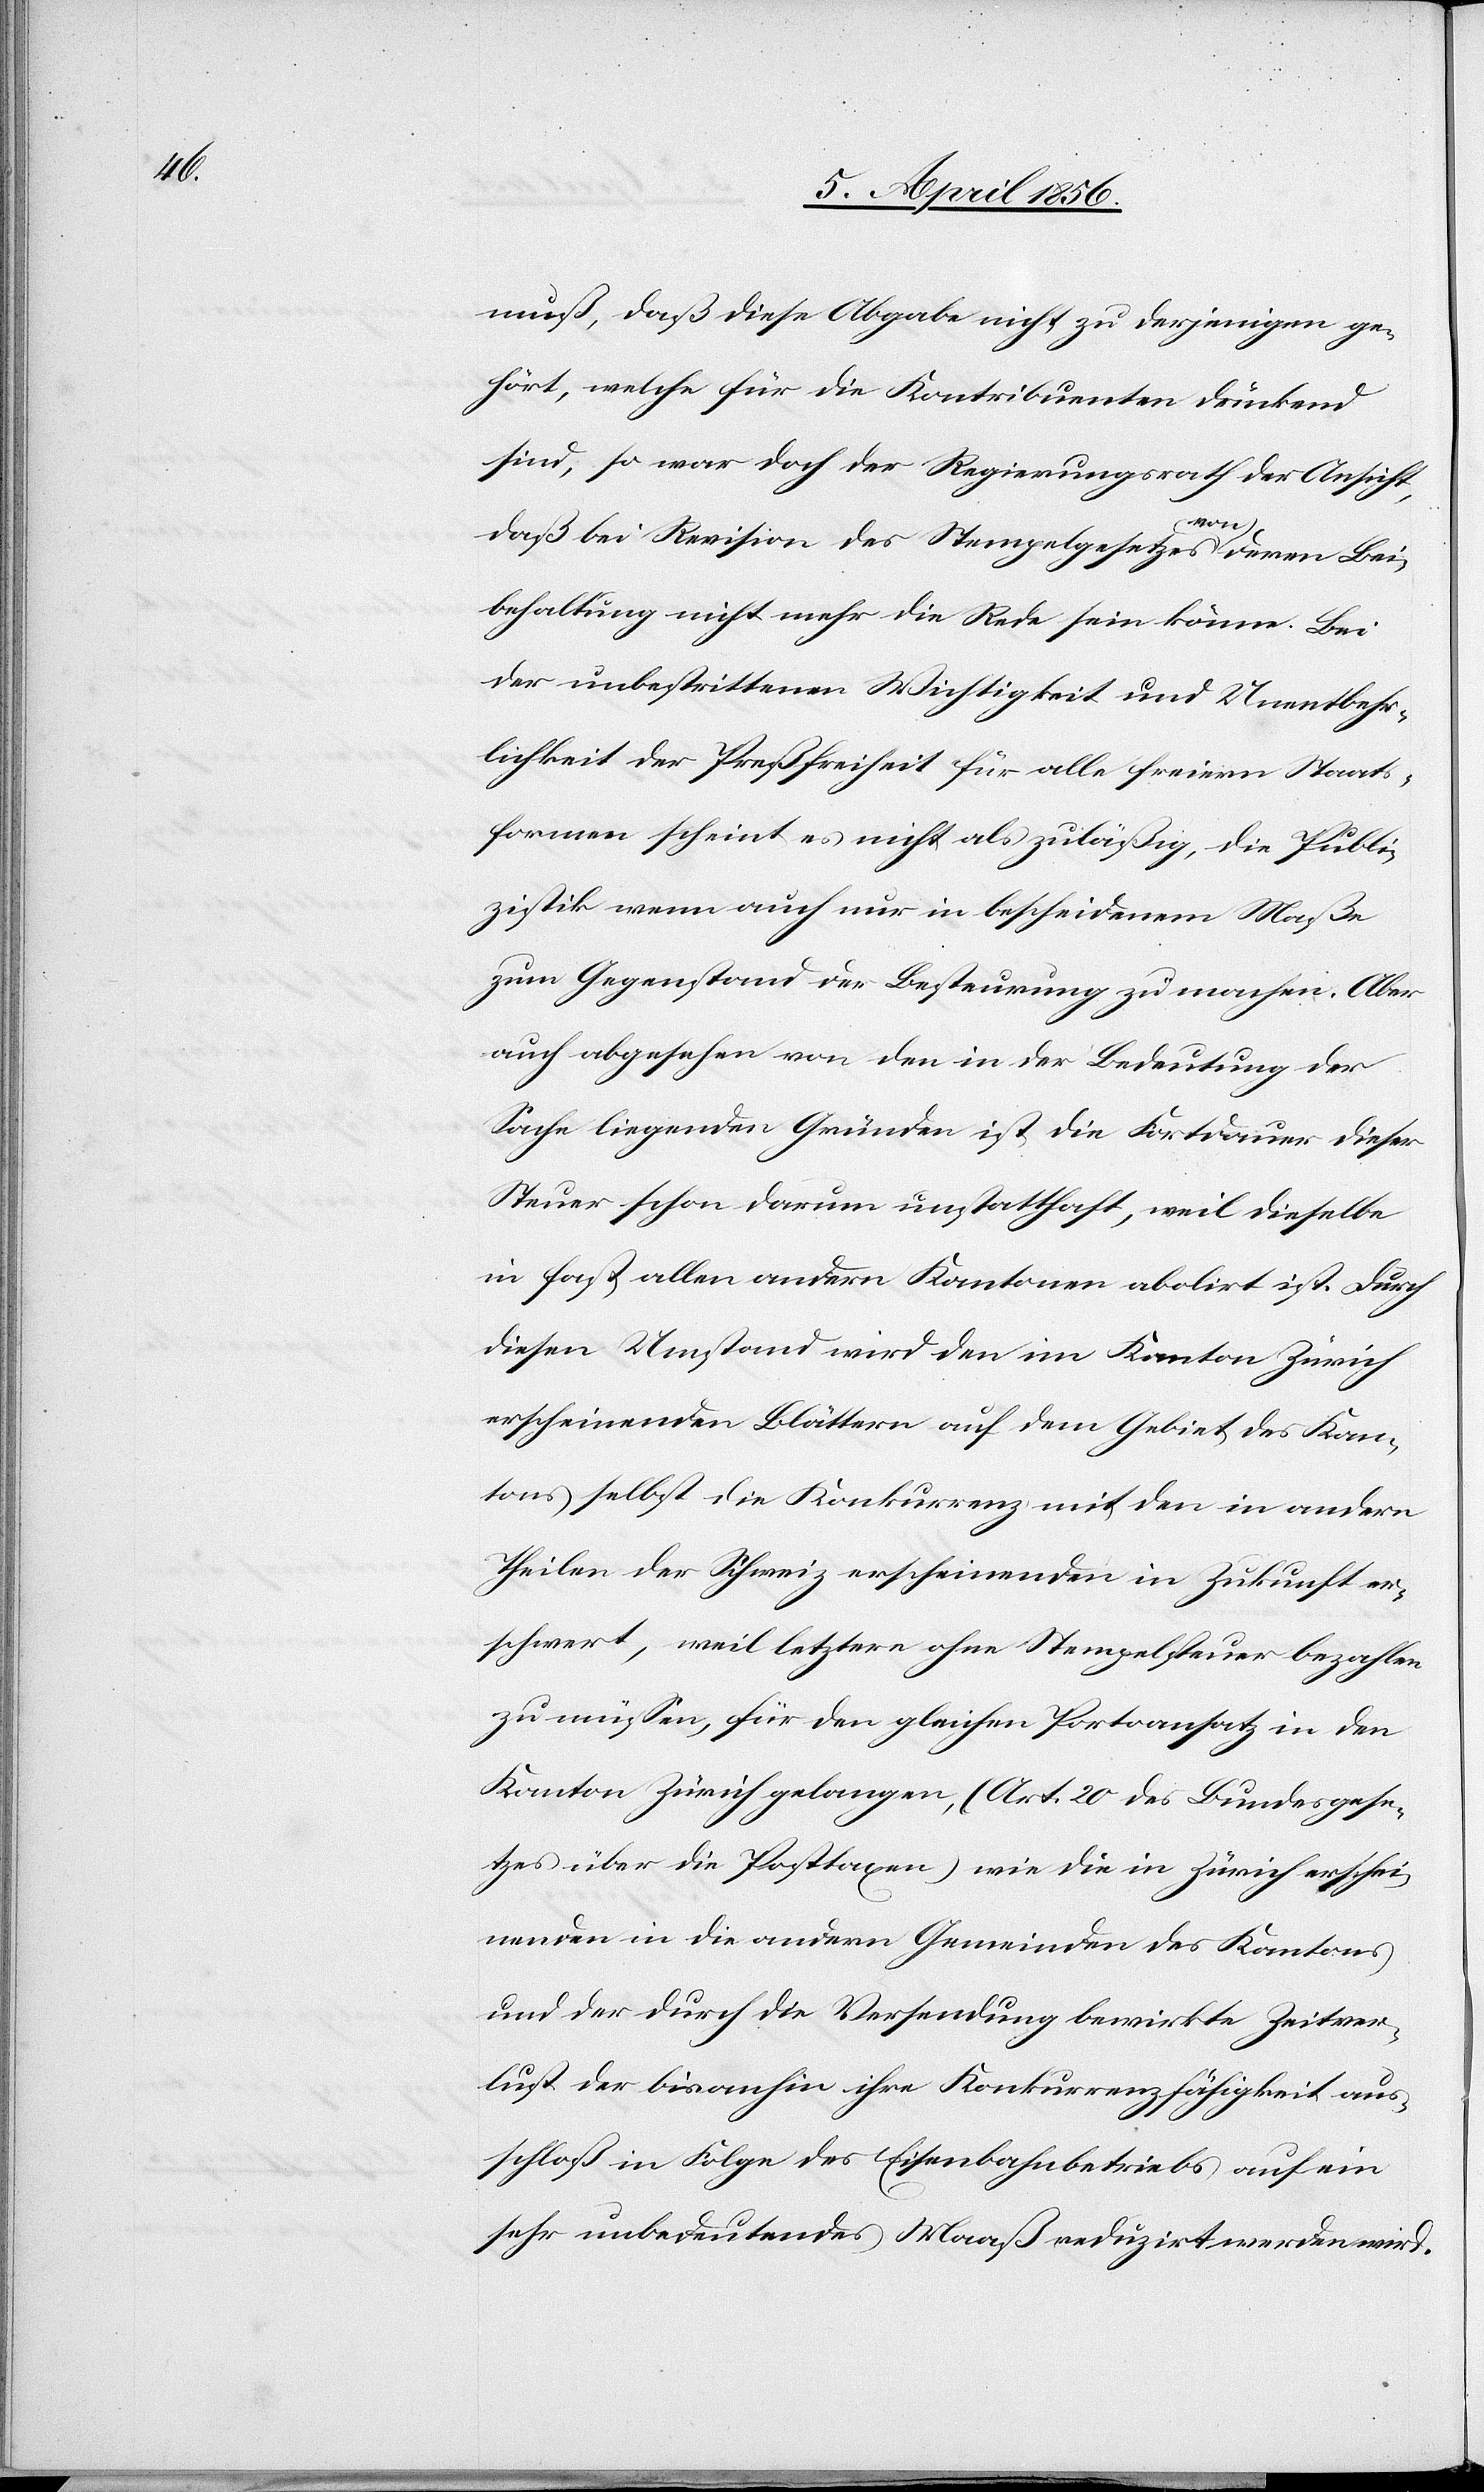
muß, daß diese Abgabe nicht zu derjenigen ge¬
hört, welche für die Kontribuenten drückend
sind, so war doch der Regierungsrath der Ansicht,
daß bei Revision des Stempelgesetzes a-von-a deren Bei¬
behaltung nicht mehr die Rede sein könne. Bei
der unbestrittenen Wichtigkeit und Unentbehr¬
lichkeit der Preßfreiheit für alle freiern Staats¬
formen scheint es nicht als zuläßig, die Publi¬
zistik wenn auch nur in bescheidenem Maße
zum Gegenstand der Besteurung zu machen. Aber
auch abgesehen von den in der Bedeutung der
Sache liegenden Gründen ist die Fortdauer dieser
Steuer schon darum unstatthaft, weil dieselbe
in fast allen andern Kantonen abolirt ist. Durch
diesen Umstand wird den im Kanton Zürich
erscheinenden Blättern auf dem Gebiet des Kan¬
tons selbst die Konkurrenz mit den in andern
Theilen der Schweiz erscheinenden in Zukunft er¬
schwert, weil letztere ohne Stempelsteuer bezahlen
zu müssen, für den gleichen Portoansatz in den
Kanton Zürich gelangen, (Art. 20 des Bundesgese¬
tzes über die Posttaxen) wie die in Zürich erschei¬
nenden in die andern Gemeinden des Kantons
und der durch die Versendung bewirkte Zeitver¬
lust der bisanhin ihre Konkurrenzfähigkeit aus¬
schloß in Folge des Eisenbahnbetriebs auf ein
sehr unbedeutendes Maaß reduzirt werden wird.